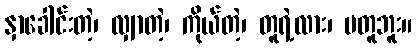
နှာခေါင်းတဲ့၊ လျှာတဲ့၊ ကိုယ်တဲ့၊ တူရဲ့လား၊ မတူဘူး။